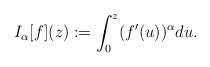
\begin{align*}I_{\alpha}[f](z) := \int_0^z (f'(u))^{\alpha}du.\end{align*}